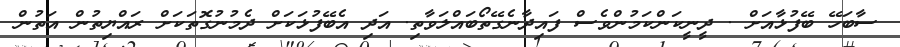
ސާބަހޭ ބޭފުޅާއަށް . ދީނީކަންކަމުންވެސް ފައިދާނެގޭތޯބައްލަވާތި. އަދި އެބޭފުޅަކަށް ދެމުނުގޮތަކަށް ރައްޔިތުން އަތުން